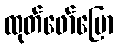
ထုတ်ဖော်ပြော